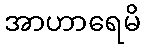
အာဟာရေမိ